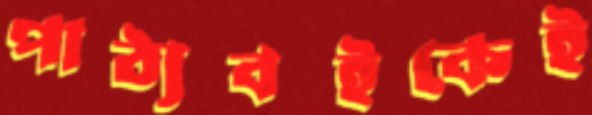
পাঠ্যবইকেই